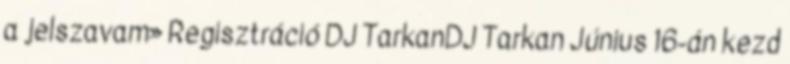
a jelszavam» Regisztráció DJ TarkanDJ Tarkan Június 16-án kezd